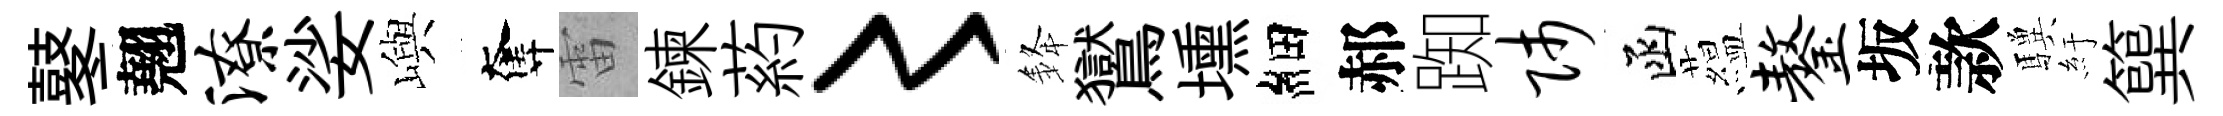
鼕翹潦娑嶼奪雷鍊葯〻𨦟鸑壎細郝踟师函藴鏊坂款驥紆簨